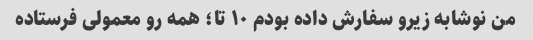
من نوشابه زیرو سفارش داده بودم ۱۰ تا؛ همه رو معمولی فرستاده